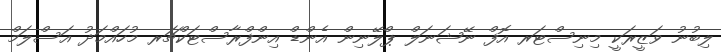
ލިބުނު ވަޒީރަކީ މިނިސްޓަރ އޮފް ނޭޝަނަލް ޕްލޭނިން އެންޑް އިންފްރާސްޓަކްޗަރ މުހައްމަދު އަސްލަމް